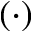
( \cdot )